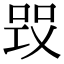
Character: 𠵪